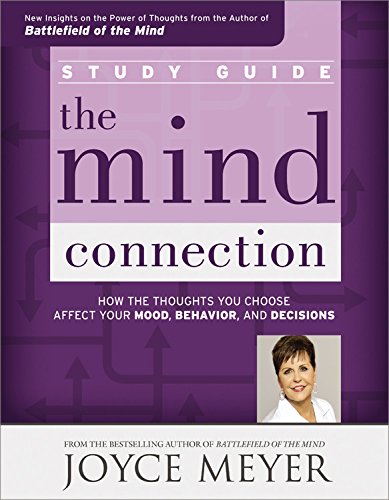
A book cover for The Mind Connection Study Guide: How the Thoughts You Choose Affect Your Mood, Behavior, and Decisions; Joyce Meyer; Christian Books & Bibles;